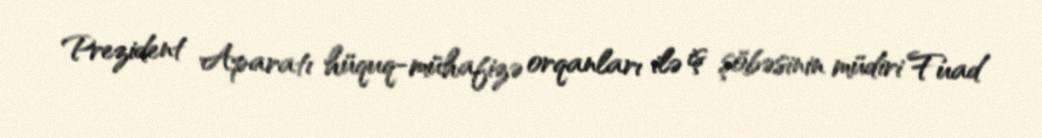
Prezident Aparatı hüquq-mühafizə orqanları ilə iş şöbəsinin müdiri Fuad